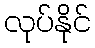
လုပ်နိုင်